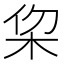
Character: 𣐗